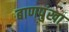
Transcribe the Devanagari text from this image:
बाणपुंखा